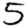
Digit: 5